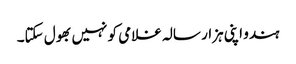
ہندو اپنی ہزار سالہ غلامی کو نہیں بھول سکتا۔